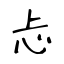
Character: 忐